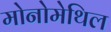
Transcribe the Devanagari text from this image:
मोनोमेथिल